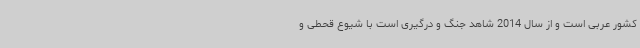
کشور عربی است و از سال 2014 شاهد جنگ و درگیری است با شیوع قحطی و